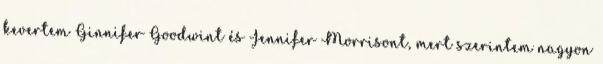
kevertem Ginnifer Goodwint és Jennifer Morrisont, mert szerintem nagyon